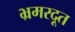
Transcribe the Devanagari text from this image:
भ्रमरदूत